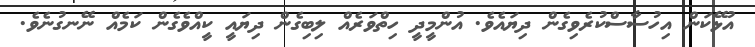
އުޅޭކަން އިހުސާސްކުރެވިގެން ދިޔައެވެ. އުންމީދީ ހިތްވަރެއް ލިބިގެން ދިޔައީ ކީއްވެގެން ކަމެއް ނޭނގުނެވެ.